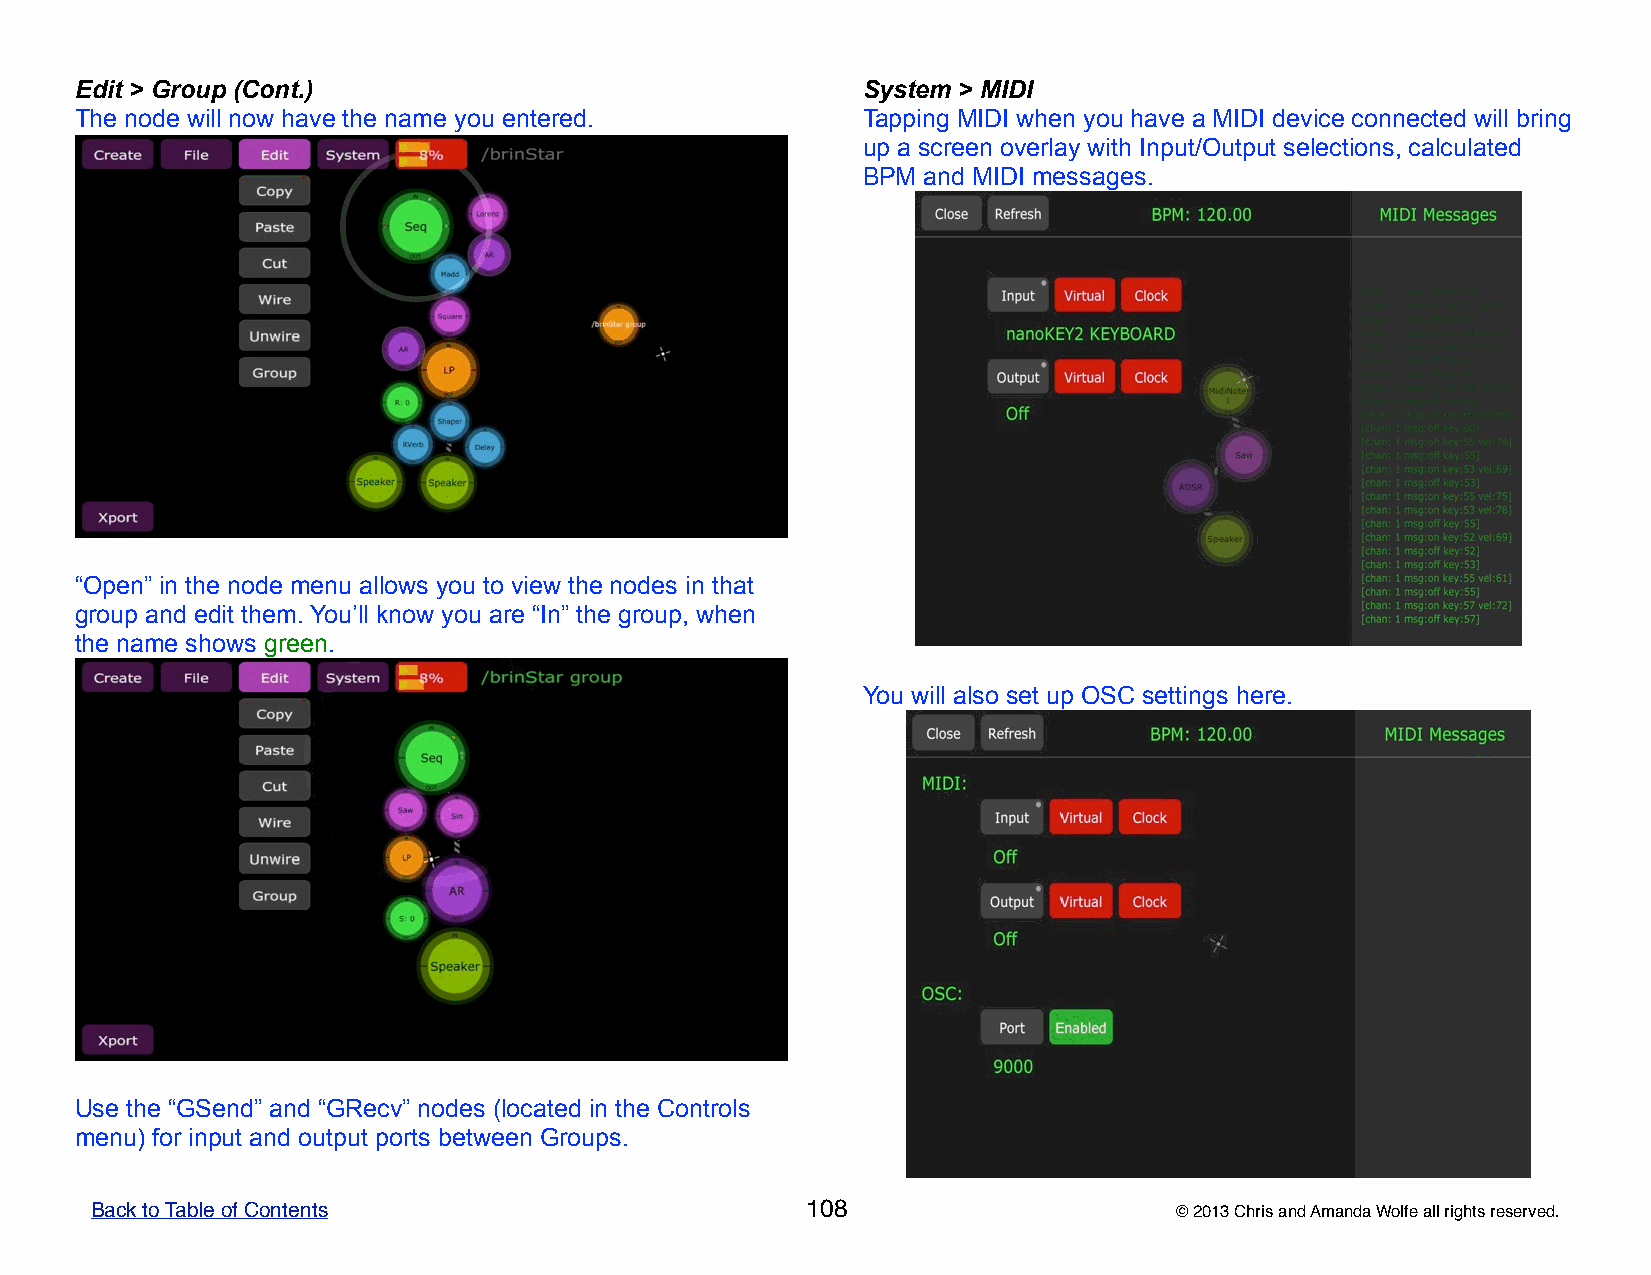
Edit > Group (Cont.)                                System > MIDI
 The node will now have the name you entered.        Tapping MIDI when you have a MIDI device connected will bring
 up a screen overlay with Input/Output selections, calculated
 BPM and MIDI messages.
 “Open” in the node menu allows you to view the nodes in that
 group and edit them. You’ll know you are “In” the group, when
 the name shows green.
 You will also set up OSC settings here.
 Use the “GSend” and “GRecv” nodes (located in the Controls
 menu) for input and output ports between Groups.
 Back to Table of Contents                      108                      © 2013 Chris and Amanda Wolfe all rights reserved.